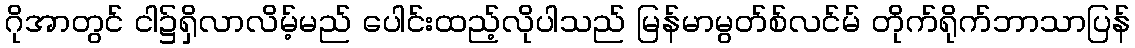
ဂိုအာတွင် ငါ၌ရှိလာလိမ့်မည် ပေါင်းထည့်လိုပါသည် မြန်မာမွတ်စ်လင်မ် တိုက်ရိုက်ဘာသာပြန်